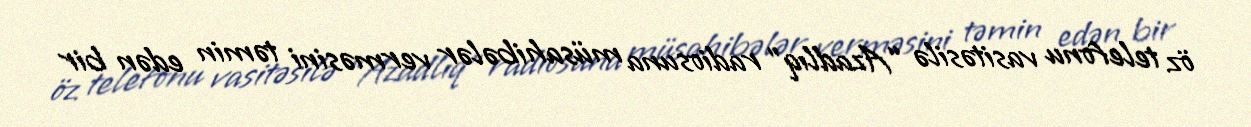
öz telefonu vasitəsilə “Azadlıq” radiosuna müsahibələr verməsini təmin edən bir